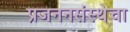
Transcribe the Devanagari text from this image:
प्रजननसंस्थेचा